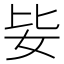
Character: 𡛗